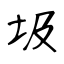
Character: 圾